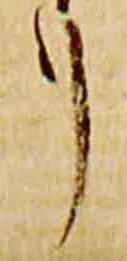
リ